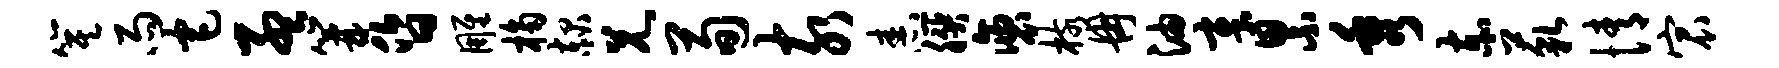
箕雨宅孟篝昏雕桷赧兄荀亥舂朕褒核冉油章累秀赤藐情宸